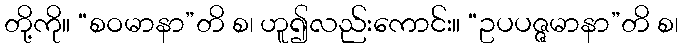
တို့ကို။ “စဝမာနာ”တိ စ၊ ဟူ၍လည်းကောင်း။ “ဥပပဇ္ဇမာနာ”တိ စ၊